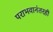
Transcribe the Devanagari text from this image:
पराभवानंतरही